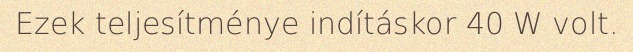
Ezek teljesítménye indításkor 40 W volt.